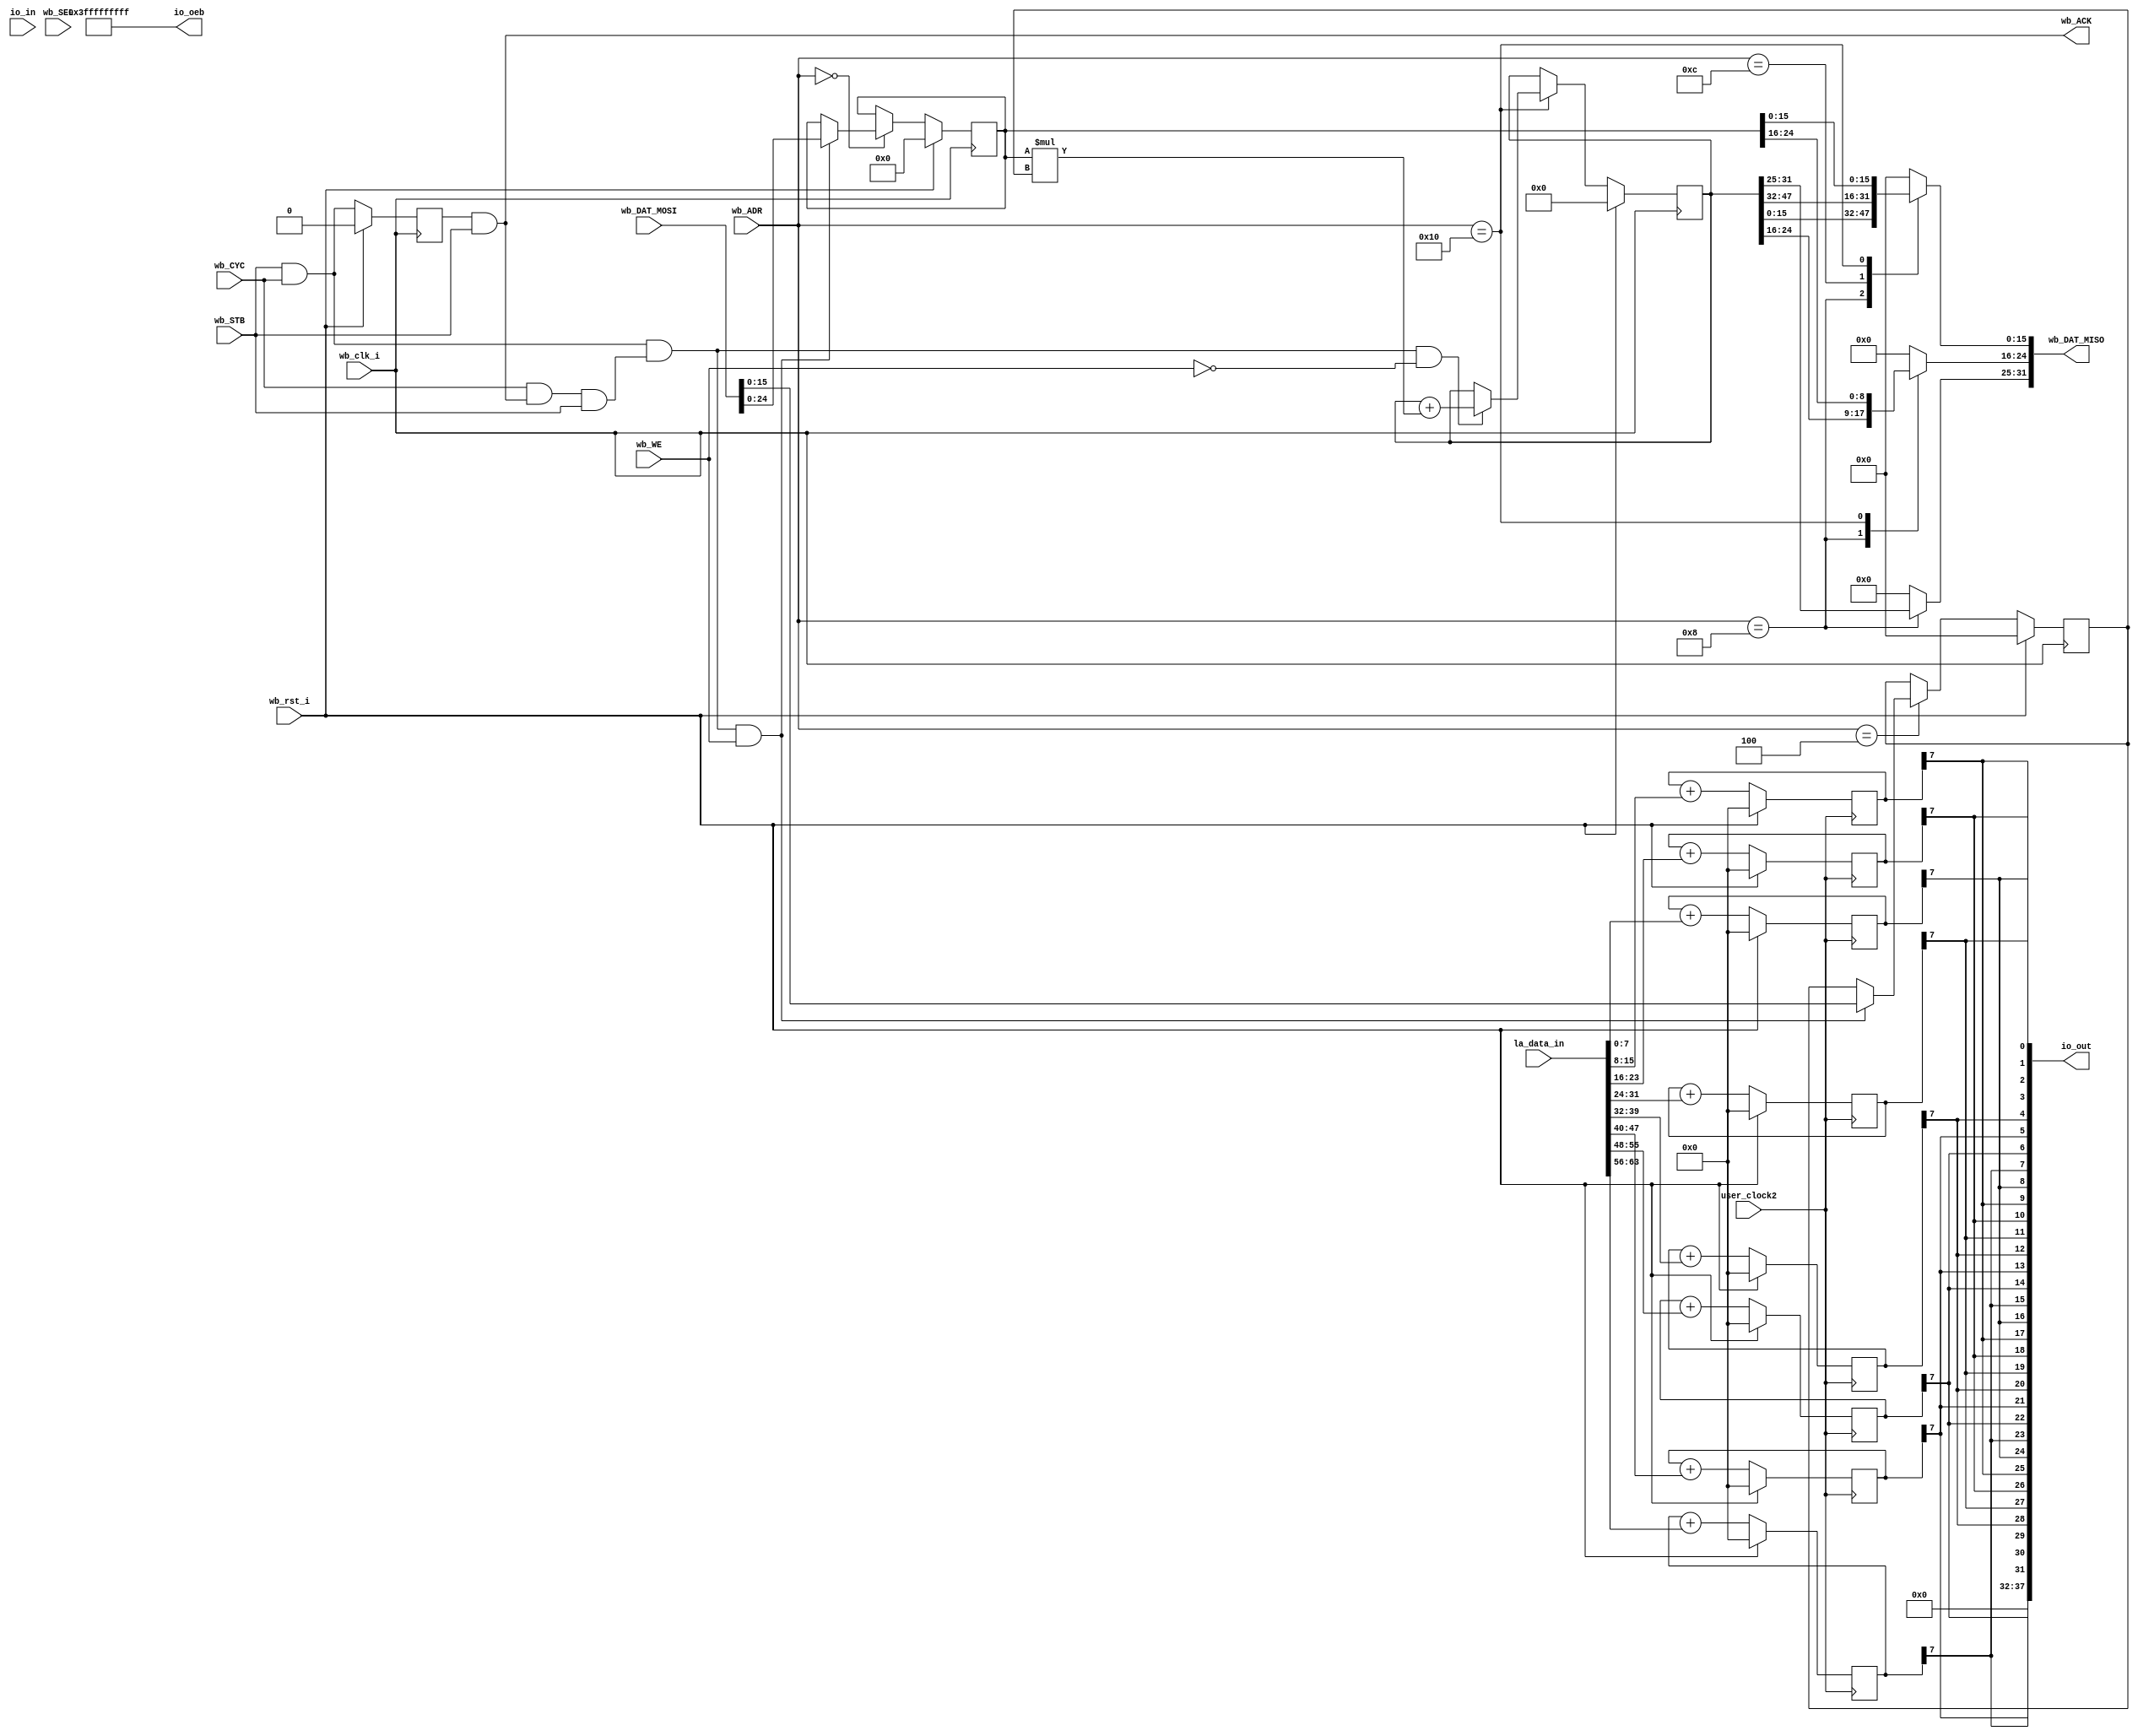
module DSP48 (
`ifdef USE_POWER_PINS
    inout vdd,	// User area 1 1.8V supply
    inout vss,	// User area 1 digital ground
`endif
  input               wb_clk_i,
  input               wb_rst_i,
  input               wb_CYC,
  input               wb_STB,
  output              wb_ACK,
  input               wb_WE,
  input      [31:0]   wb_ADR,
  output reg [31:0]   wb_DAT_MISO,
  input      [31:0]   wb_DAT_MOSI,
  input      [0:0]    wb_SEL,
  input      [63:0]  la_data_in,
  input      [37:0]   io_in,
  output reg [37:0]   io_out,
  output     [37:0]   io_oeb,
  input               user_clock2 
);
  wire       [40:0]   _zz_3_;
  wire       [47:0]   _zz_4_;
  wire                dspArea_wbCtrl_askWrite;
  wire                dspArea_wbCtrl_askRead;
  wire                dspArea_wbCtrl_doWrite;
  wire                dspArea_wbCtrl_doRead;
  reg                 _zz_1_;
  reg        [24:0]   dspArea_regA;
  reg        [15:0]   dspArea_regB;
  reg        [47:0]   dspArea_regP;
  wire       [47:0]   _zz_2_;
  reg        [7:0]   dacArea_dac_cnt_0;
  reg        [7:0]   dacArea_dac_cnt_1;
  reg        [7:0]   dacArea_dac_cnt_2;
  reg        [7:0]   dacArea_dac_cnt_3;
  reg        [7:0]   dacArea_dac_cnt_4;
  reg        [7:0]   dacArea_dac_cnt_5;
  reg        [7:0]   dacArea_dac_cnt_6;
  reg        [7:0]   dacArea_dac_cnt_7;

  assign _zz_3_ = (dspArea_regA * dspArea_regB);
  assign _zz_4_ = {7'd0, _zz_3_};
  always @ (*) begin
    wb_DAT_MISO = 32'h0;
    case(wb_ADR)
      32'b00000000000000000000000000000000 : begin
      end
      32'b00000000000000000000000000000100 : begin
      end
      32'b00000000000000000000000000001000 : begin
        wb_DAT_MISO[31 : 0] = _zz_2_[31 : 0];
      end
      32'b00000000000000000000000000001100 : begin
        wb_DAT_MISO[15 : 0] = _zz_2_[47 : 32];
      end
      32'b00000000000000000000000000010000 : begin
        wb_DAT_MISO[24 : 0] = dspArea_regA;
      end
      default : begin
      end
    endcase
  end

  assign dspArea_wbCtrl_askWrite = ((wb_CYC && wb_STB) && wb_WE);
  assign dspArea_wbCtrl_askRead = ((wb_CYC && wb_STB) && (! wb_WE));
  assign dspArea_wbCtrl_doWrite = (((wb_CYC && wb_STB) && ((wb_CYC && wb_ACK) && wb_STB)) && wb_WE);
  assign dspArea_wbCtrl_doRead = (((wb_CYC && wb_STB) && ((wb_CYC && wb_ACK) && wb_STB)) && (! wb_WE));
  assign wb_ACK = (_zz_1_ && wb_STB);
  assign _zz_2_ = dspArea_regP;
  assign io_oeb = 38'h3fffffffff;
  always @ (*) begin
    io_out[0] = dacArea_dac_cnt_0[7];
    io_out[1] = dacArea_dac_cnt_1[7];
    io_out[2] = dacArea_dac_cnt_2[7];
    io_out[3] = dacArea_dac_cnt_3[7];
    io_out[4] = dacArea_dac_cnt_4[7];
    io_out[5] = dacArea_dac_cnt_5[7];
    io_out[6] = dacArea_dac_cnt_6[7];
    io_out[7] = dacArea_dac_cnt_7[7];
    io_out[8] = dacArea_dac_cnt_0[7];
    io_out[9] = dacArea_dac_cnt_1[7];
    io_out[10] = dacArea_dac_cnt_2[7];
    io_out[11] = dacArea_dac_cnt_3[7];
    io_out[12] = dacArea_dac_cnt_4[7];
    io_out[13] = dacArea_dac_cnt_5[7];
    io_out[14] = dacArea_dac_cnt_6[7];
    io_out[15] = dacArea_dac_cnt_7[7];
    io_out[16] = dacArea_dac_cnt_0[7];
    io_out[17] = dacArea_dac_cnt_1[7];
    io_out[18] = dacArea_dac_cnt_2[7];
    io_out[19] = dacArea_dac_cnt_3[7];
    io_out[20] = dacArea_dac_cnt_4[7];
    io_out[21] = dacArea_dac_cnt_5[7];
    io_out[22] = dacArea_dac_cnt_6[7];
    io_out[23] = dacArea_dac_cnt_7[7];
    io_out[24] = dacArea_dac_cnt_0[7];
    io_out[25] = dacArea_dac_cnt_1[7];
    io_out[26] = dacArea_dac_cnt_2[7];
    io_out[27] = dacArea_dac_cnt_3[7];
    io_out[28] = dacArea_dac_cnt_4[7];
    io_out[29] = dacArea_dac_cnt_5[7];
    io_out[30] = dacArea_dac_cnt_6[7];
    io_out[31] = dacArea_dac_cnt_7[7];
    io_out[37 : 32] = 6'h0;
  end

  always @ (posedge wb_clk_i) begin
    if(wb_rst_i) begin
      _zz_1_ <= 1'b0;
      dspArea_regA <= 25'h0;
      dspArea_regB <= 16'h0;
      dspArea_regP <= 48'h0;
    end else begin
      _zz_1_ <= (wb_STB && wb_CYC);
      case(wb_ADR)
        32'b00000000000000000000000000000000 : begin
          if(dspArea_wbCtrl_doWrite)begin
            dspArea_regA <= wb_DAT_MOSI[24 : 0];
          end
        end
        32'b00000000000000000000000000000100 : begin
          if(dspArea_wbCtrl_doWrite)begin
            dspArea_regB <= wb_DAT_MOSI[15 : 0];
          end
        end
        32'b00000000000000000000000000001000 : begin
        end
        32'b00000000000000000000000000001100 : begin
        end
        32'b00000000000000000000000000010000 : begin
          if(dspArea_wbCtrl_doRead)begin
            dspArea_regP <= (dspArea_regP + _zz_4_);
          end
        end
        default : begin
        end
      endcase
    end
  end

  always @ (posedge user_clock2) begin
    if(wb_rst_i) begin
      dacArea_dac_cnt_0 <= 7'h0;
      dacArea_dac_cnt_1 <= 7'h0;
      dacArea_dac_cnt_2 <= 7'h0;
      dacArea_dac_cnt_3 <= 7'h0;
      dacArea_dac_cnt_4 <= 7'h0;
      dacArea_dac_cnt_5 <= 7'h0;
      dacArea_dac_cnt_6 <= 7'h0;
      dacArea_dac_cnt_7 <= 7'h0;
    end else begin
      dacArea_dac_cnt_0 <= (dacArea_dac_cnt_0 + la_data_in[7: 0]);
      dacArea_dac_cnt_1 <= (dacArea_dac_cnt_1 + la_data_in[15 : 8]);
      dacArea_dac_cnt_2 <= (dacArea_dac_cnt_2 + la_data_in[23 : 16]);
      dacArea_dac_cnt_3 <= (dacArea_dac_cnt_3 + la_data_in[31 : 24]);
      dacArea_dac_cnt_4 <= (dacArea_dac_cnt_4 + la_data_in[39 : 32]);
      dacArea_dac_cnt_5 <= (dacArea_dac_cnt_5 + la_data_in[47 : 40]);
      dacArea_dac_cnt_6 <= (dacArea_dac_cnt_6 + la_data_in[55 : 48]);
      dacArea_dac_cnt_7 <= (dacArea_dac_cnt_7 + la_data_in[63 : 56]);
    end
  end

endmodule